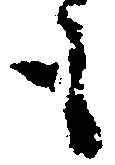
も